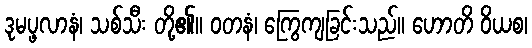
ဒုမပ္ဖလာနံ၊ သစ်သီး တို့၏။ ဝတနံ၊ ကြွေကျခြင်းသည်။ ဟောတိ ဝိယစ၊